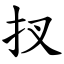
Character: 扠